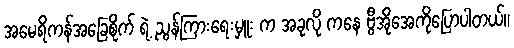
အမေရိကန်အခြေစိုက် ရဲ့ ညွန်ကြားရေးမှူး က အခုလို ကနေ ဗွီအိုအေကိုပြောပါတယ်။